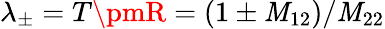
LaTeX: \lambda_{\pm}=T\pmR=\left(1\pm\mathit{M}_{12}\right)/\mathit{M}_{22}